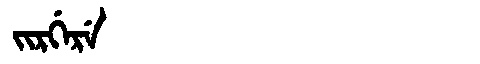
Manchu: ᠵᡳᡵᡤᡝᡵᡝ
Romanization: JIRGERE